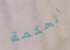
الحكمة